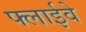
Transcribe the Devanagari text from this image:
फ्लाईवे